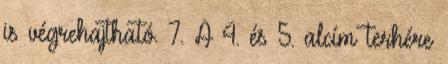
is végrehajtható. 7. A 4. és 5. alcím terhére